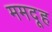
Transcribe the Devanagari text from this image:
ममदूह